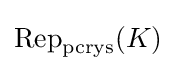
\operatorname {Rep} _{\mathrm {pcrys} }(K)